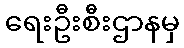
ရေးဦးစီးဌာနမှ